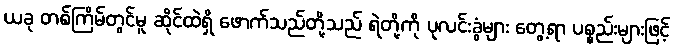
ယခု တစ်ကြိမ်တွင်မူ ဆိုင်ထဲရှိ ဖောက်သည်တို့သည် ရဲတို့ကို ပုလင်းခွံများ တွေ့ရာ ပစ္စည်းများဖြင့်